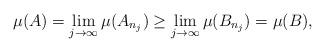
LaTeX: \begin{align*}\mu (A) = \lim_{j\to\infty} \mu (A_{n_j} ) \geq \lim_{j\to\infty} \mu (B_{n_j} )= \mu (B) ,\end{align*}